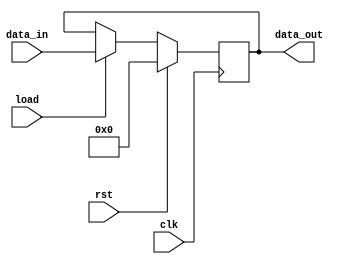
module reg0(input wire load,
				input wire clk,
				input wire rst,
				input wire [10:0]data_in,
				output reg [10:0]data_out);

always @(posedge clk)
begin
	if (rst == 1)
		data_out <= 0;
	else 
		begin 
			if (load == 1)
				data_out <= data_in;
			else
				data_out <= data_out; // do nothing
		end
end
endmodule